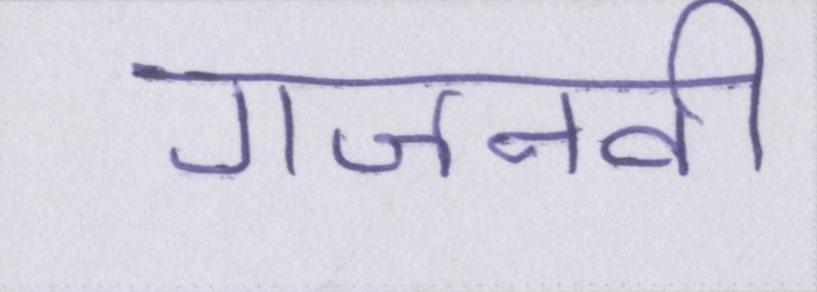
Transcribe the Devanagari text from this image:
गजनवी